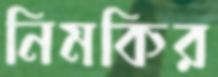
নিমকির